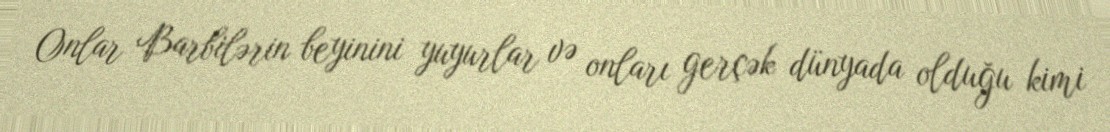
Onlar Barbilərin beyinini yuyurlar və onları gerçək dünyada olduğu kimi